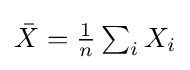
{\textstyle {\bar {X}}={\frac {1}{n}}\sum _{i}X_{i}}